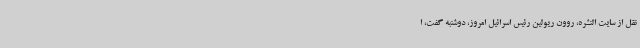
نقل از سایت النشره، روون ریولین رئیس اسرائیل امروز، دوشنبه گفت، ا